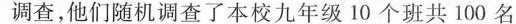
调查，他们随机调查了本校九年级10个班共100名